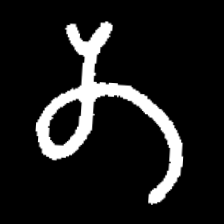
Pyu character \u2014 Myanmar letter: တ (romanized: ta)